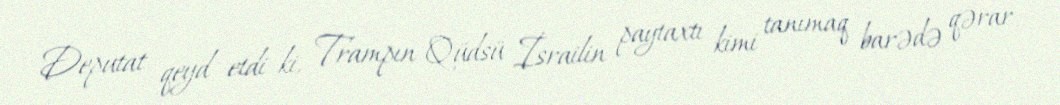
Deputat qeyd etdi ki, Trampın Qüdsü İsrailin paytaxtı kimi tanımaq barədə qərar